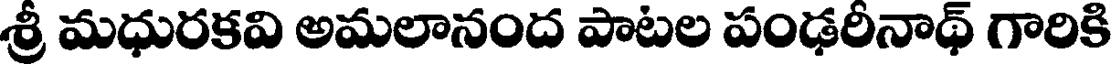
శ్రీ మధురకవి అమలానంద పాటల పంఢరీనాథ్ గారికి